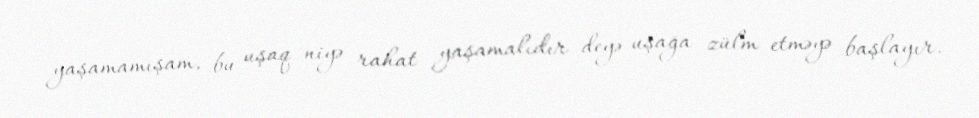
yaşamamışam, bu uşaq niyə rahat yaşamalıdır deyə uşağa zülm etməyə başlayır.